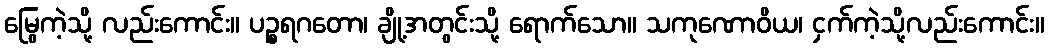
မြွေကဲ့သို့ လည်းကောင်း။ ပဉ္စရဂတော၊ ချို့အတွင်းသို့ ရောက်သော။ သကုဏောဝိယ၊ ငှက်ကဲ့သို့လည်းကောင်း။